Source: Handwritten
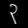
Digit: ၃ (3)